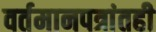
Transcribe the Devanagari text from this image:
वर्तमानपत्रांतही